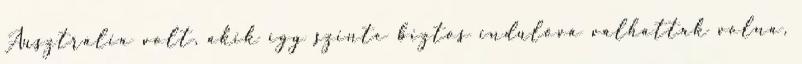
Ausztrália volt, akik így szinte biztos indulóvá válhattak volna,